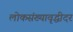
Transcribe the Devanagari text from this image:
लोकसंख्यावृद्धीदर